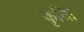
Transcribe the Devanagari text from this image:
कृति।